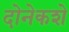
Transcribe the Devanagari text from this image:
दोनेकशे